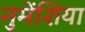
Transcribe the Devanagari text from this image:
नुमेंशिया